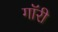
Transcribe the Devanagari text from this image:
गॉरी